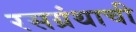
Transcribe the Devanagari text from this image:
रसग्रंथाची